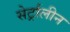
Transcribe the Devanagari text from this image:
सेर्ट्रालीन